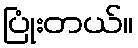
ပြုံးတယ်။